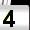
Digit: 4